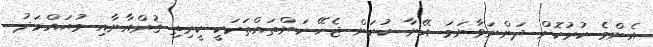
އެންމެ ކުރުކޮށް ދަންނަވާނަމަ އޭނާ ކުރަން ޖެހޭ ކަންތައްތަކަކީ ކީރިތި ޤުރްއާނާއި މުޙައްމަދު